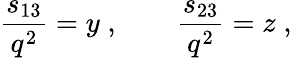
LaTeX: \frac{s_{13}}{q^{2}}=y\; ,\quad\quad\frac{s_{23}}{q^{2}}=z\; ,